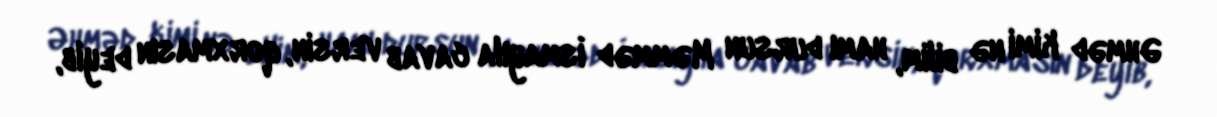
Əhməd kimi nə bilim, hamı dursun Məmməd İsmayıla cavab versin, qorxmasın deyib,